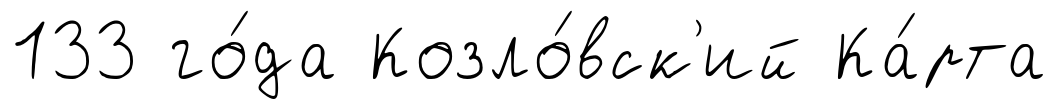
133 го́да Козло́вск'ий Ка́рта